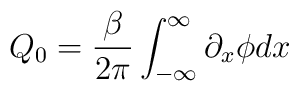
Q_0=\frac{\beta}{2\pi}\int^{\infty}_{-\infty}\partial_x\phi dx